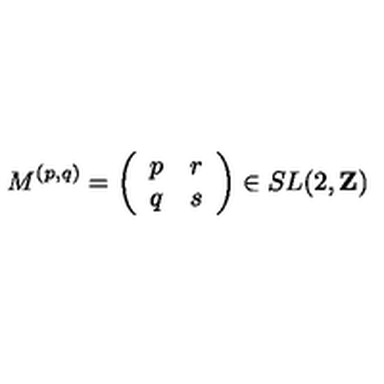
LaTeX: M ^ { ( p , q ) } = \left( \begin{array} { c c } { p } & { r } \\ { q } & { s } \\ \end{array} \right) \in S L ( 2 , { \bf Z } )